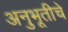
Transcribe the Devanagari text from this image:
अनुभूतीचे